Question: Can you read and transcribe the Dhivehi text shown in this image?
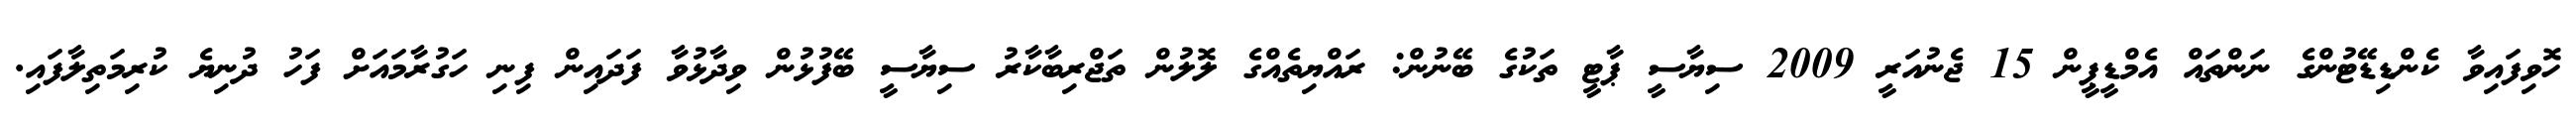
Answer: ހޮވިފައިވާ ކެންޑިޑޭޓުންގެ ނަންތައް އެމްޑީޕީން 15 ޖެނުއަރީ 2009 ސިޔާސީ ޕާޓީ ތަކުގެ ބޭނުން: ރައްޔިތެއްގެ ލޮލުން ތަޖްރިބާކާރު ސިޔާސީ ބޭފުޅުން ވިދާޅުވާ ފަދައިން ފިނި ހަގުރާމައަށް ފަހު ދުނިޔެ ކުރިމަތިލާފައި.